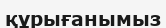
құрығанымыз